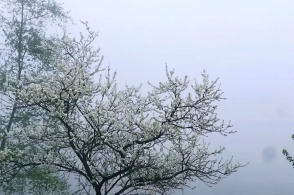
独出前门望野田，月明荞麦花如雪。